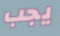
يجب